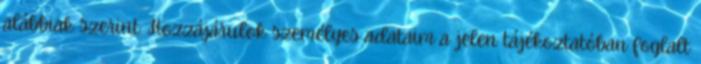
alábbiak szerint: Hozzájárulok személyes adataim a jelen tájékoztatóban foglalt